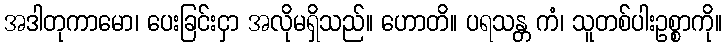
အဒါတုကာမော၊ ပေးခြင်းငှာ အလိုမရှိသည်။ ဟောတိ။ ပရသန္တ ကံ၊ သူတစ်ပါးဥစ္စာကို။